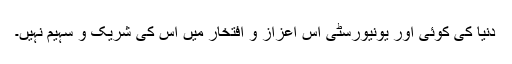
دنیا کی کوئی اور یونیورسٹی اس اعزاز و افتخار میں اس کی شریک و سہیم نہیں۔